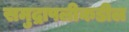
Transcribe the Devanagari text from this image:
समुद्रापलीकडील